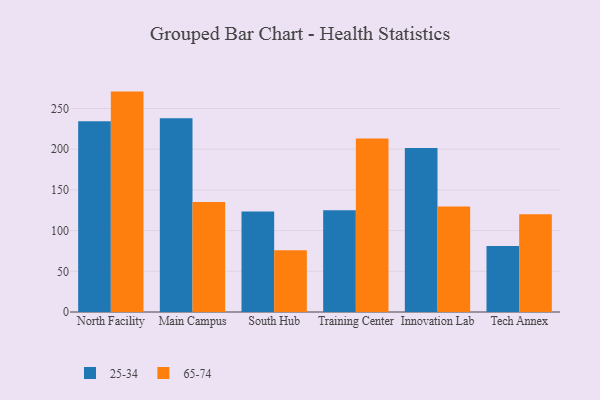
{"axis": {"x": "Campus", "y": "Active Users"}, "legend": ["25-34", "65-74"], "data": [{"x": "North Facility", "y": 234.4, "type": "25-34"}, {"x": "North Facility", "y": 270.8, "type": "65-74"}, {"x": "Main Campus", "y": 238.2, "type": "25-34"}, {"x": "Main Campus", "y": 135.3, "type": "65-74"}, {"x": "South Hub", "y": 123.5, "type": "25-34"}, {"x": "South Hub", "y": 75.8, "type": "65-74"}, {"x": "Training Center", "y": 125.1, "type": "25-34"}, {"x": "Training Center", "y": 213.1, "type": "65-74"}, {"x": "Innovation Lab", "y": 201.6, "type": "25-34"}, {"x": "Innovation Lab", "y": 129.6, "type": "65-74"}, {"x": "Tech Annex", "y": 81.0, "type": "25-34"}, {"x": "Tech Annex", "y": 120.1, "type": "65-74"}]}